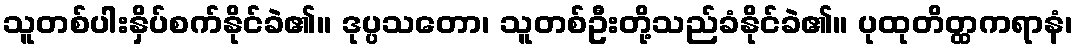
သူတစ်ပါးနှိပ်စက်နိုင်ခဲ၏။ ဒုပ္ပသတော၊ သူတစ်ဦးတို့သည်ခံနိုင်ခဲ၏။ ပုထုတိတ္ထကရာနံ၊